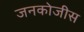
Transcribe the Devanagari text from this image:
जनकोजीस